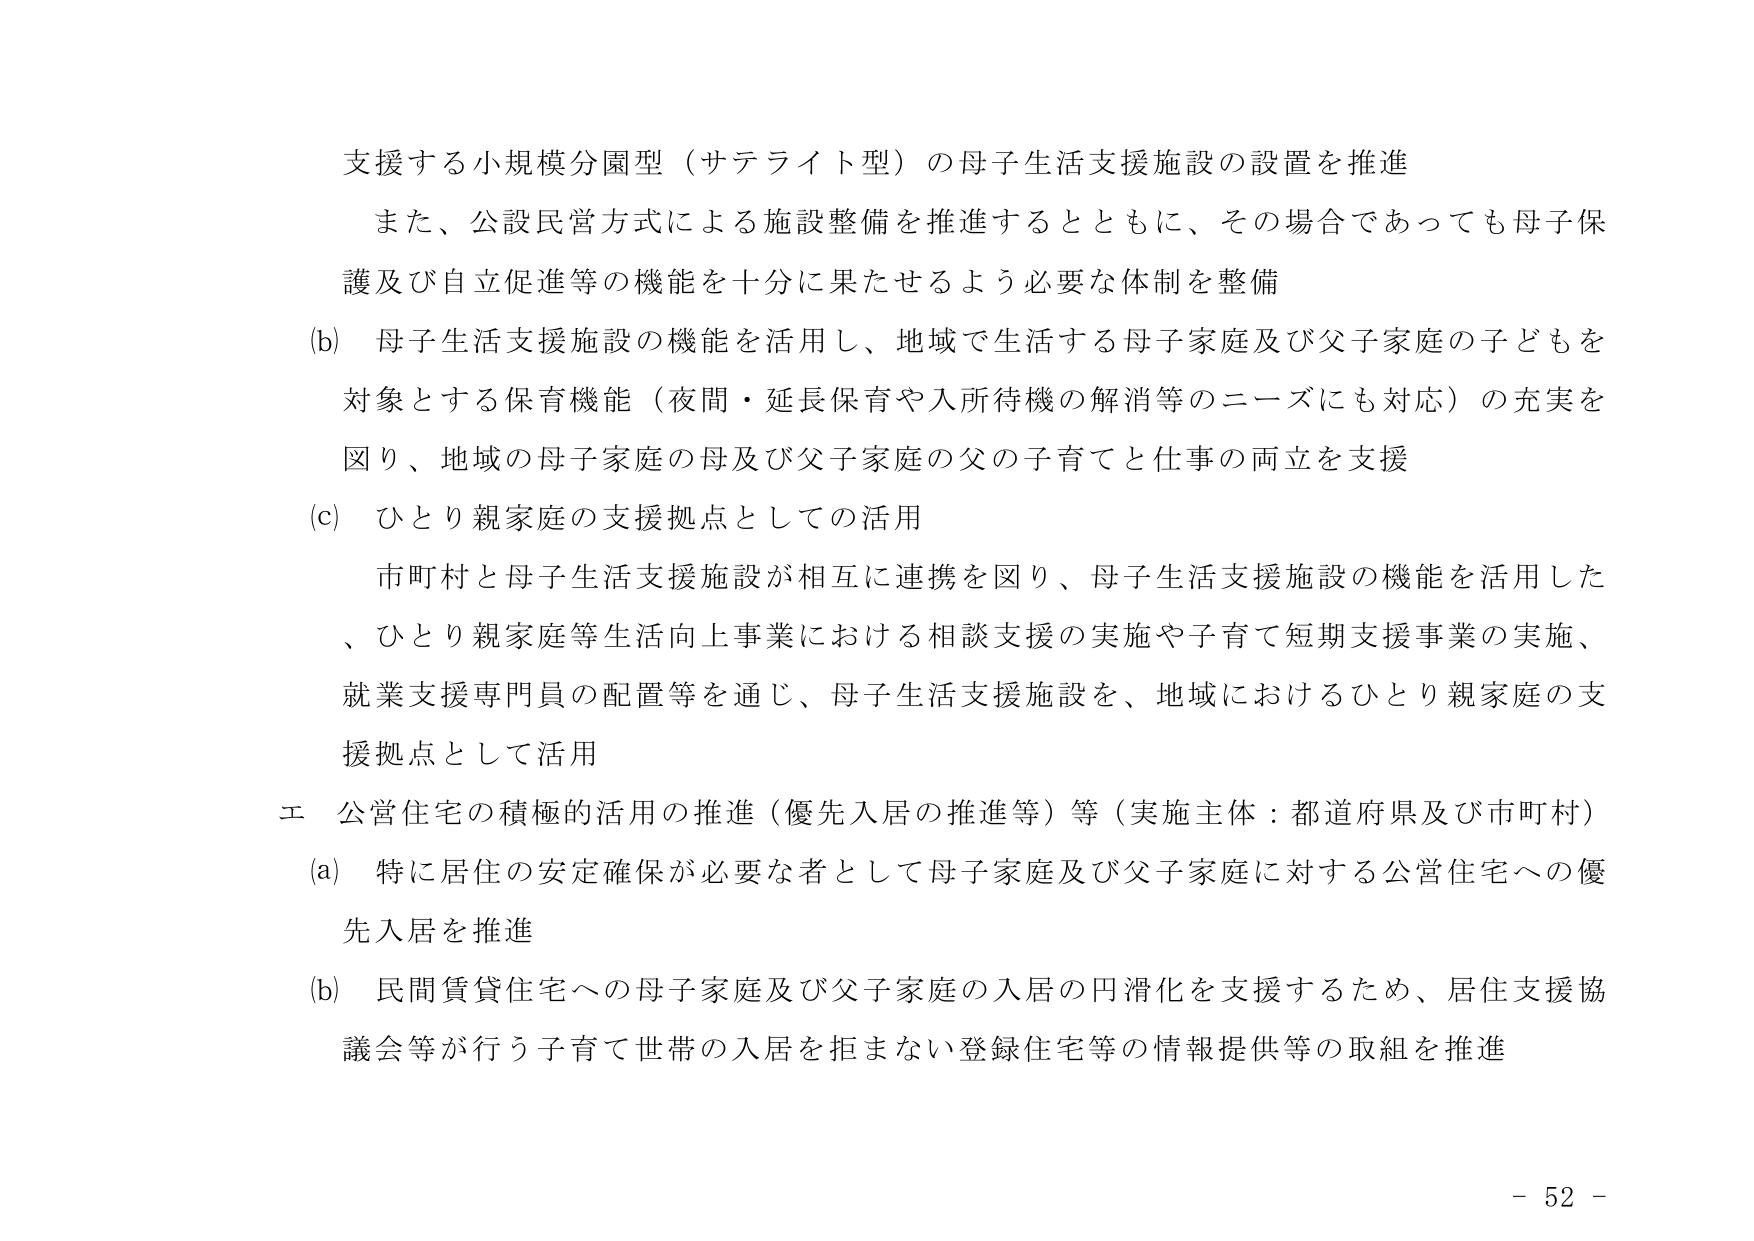
支援する小規模分園型（サテライト型）の母子生活支援施設の設置を推進
また、公設民営方式による施設整備を推進するとともに、その場合であっても母子保護及び自立促進等の機能を十分に果たせるよう必要な体制を整備
(b) 母子生活支援施設の機能を活用し、地域で生活する母子家庭及び父子家庭の子どもを対象とする保育機能（夜間・延長保育や入所待機の解消等のニーズにも対応）の充実を図り、地域の母子家庭の母及び父子家庭の父の子育てと仕事の両立を支援
(c) ひとり親家庭の支援拠点としての活用
市町村と母子生活支援施設が相互に連携を図り、母子生活支援施設の機能を活用した、ひとり親家庭等生活向上事業における相談支援の実施や子育て短期支援事業の実施、就業支援専門員の配置等を通じ、母子生活支援施設を、地域におけるひとり親家庭の支援拠点として活用
エ 公営住宅の積極的活用の推進（優先入居の推進等）等（実施主体：都道府県及び市町村）
(a) 特に居住の安定確保が必要な者として母子家庭及び父子家庭に対する公営住宅への優先入居を推進
(b) 民間賃貸住宅への母子家庭及び父子家庭の入居の円滑化を支援するため、居住支援協議会等が行う子育て世帯の入居を拒まない登録住宅等の情報提供等の取組を推進
- 52 -